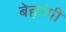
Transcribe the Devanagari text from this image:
बेहरंगी